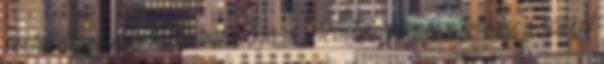
terheléssel való fokozhatósága is jelentős. Nőknél e jelenség sokkal